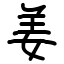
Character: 姜